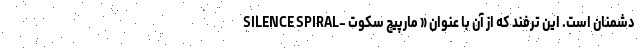
دشمنان است. این ترفند که از آن با عنوان « مارپیچ سکوت -SILENCE SPIRAL‌